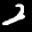
Label: 2